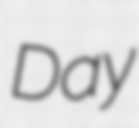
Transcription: Day